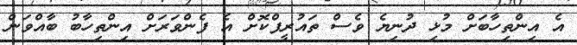
އެ އިންތިހާބަށް މުޅި ދުނިޔެ ވެސް ތައުރީފްކޮށް އެ ފެންވަރަށް އިންތިހާބު ބާއްވަން